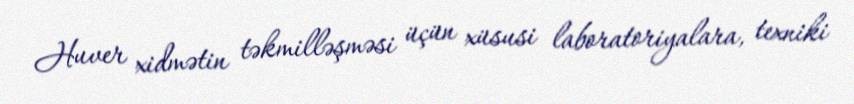
Huver xidmətin təkmilləşməsi üçün xüsusi laboratoriyalara, texniki